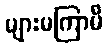
များမကြာမီ